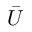
\bar { U }